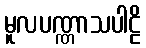
မူလပဏ္ဏာသပါဠိ